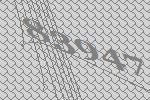
83947